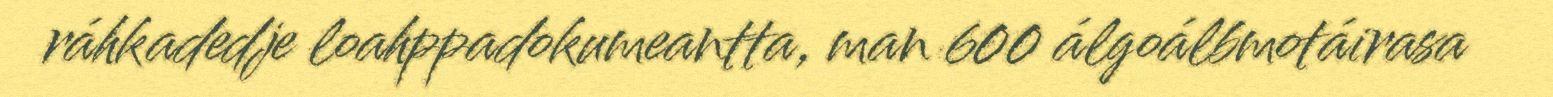
ráhkadedje loahppadokumeantta, man 600 álgoálbmotáirasa